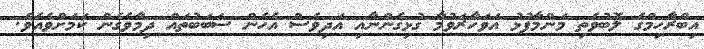
އިބްރާހިމްގެ ލޮބުވެތި މަންމާފުޅު އަވަހާރަވުމާ ގުޅިގެންނާއި އަދިވެސް އެހެން ސަބަބުތައް ދިމާވެގެން ކަމަށްވެއެވެ.